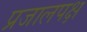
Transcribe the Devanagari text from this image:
प्रजालपक्ष